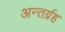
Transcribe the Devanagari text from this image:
अन्तर्ग्रह